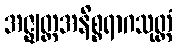
အဇ္ဈတ္တအနိစ္စရာဂသုတ္တံ